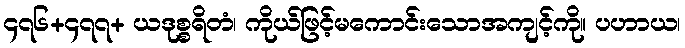
၄၇၆+၄၇၇+ ယဒုစ္စရိတံ၊ ကိုယ်ဖြင့်မကောင်းသောအကျင့်ကို။ ပဟာယ၊